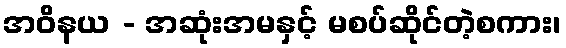
အဝိနယ - အဆုံးအမနှင့် မစပ်ဆိုင်တဲ့စကား၊